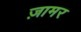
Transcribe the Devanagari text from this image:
ज़ामर